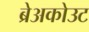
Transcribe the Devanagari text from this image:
ब्रेअकोउट